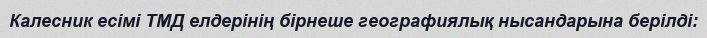
Калесник есімі ТМД елдерінің бірнеше географиялық нысандарына берілді: